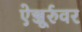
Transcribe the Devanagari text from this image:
ऐञ्जूर्रुवर